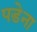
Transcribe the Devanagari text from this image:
पडेना